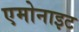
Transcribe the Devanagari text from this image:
एमोनाइट